Document type: Inventory
Year: 1295
Scribe: Pere Marc
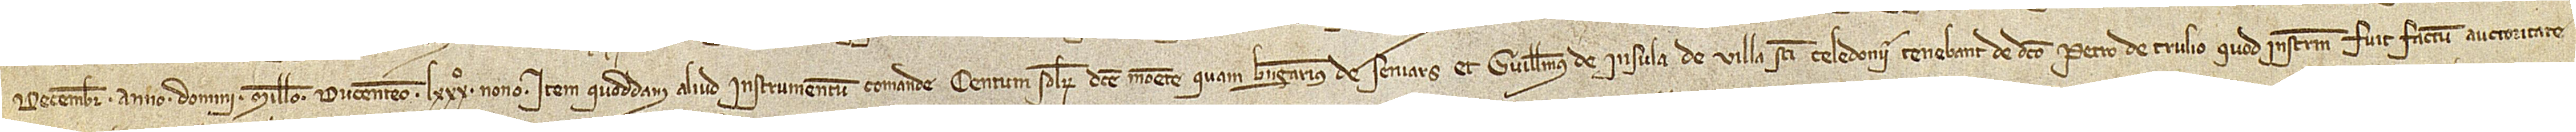
decembris, anno Domini millesimo ducentesimo LXXXº nono; item, quoddam aliud instrumentum comande centum solidorum dicte monete quam Berengarius de Seniars et Guillelmus de Insula, de villa Sancti Celedonii, tenebant de dicto Petro de Trulio, quod instrumentum fuit factum auctoritate